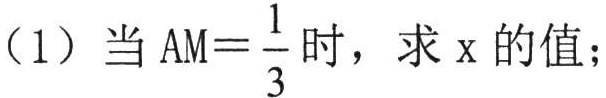
（1）当 \(AM = \frac{1}{3}\) 时，求 \(x\) 的值；